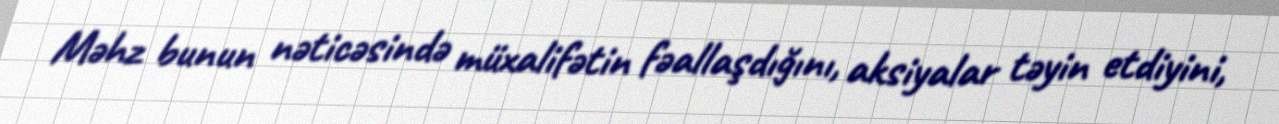
Məhz bunun nəticəsində müxalifətin fəallaşdığını, aksiyalar təyin etdiyini,